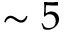
\sim 5